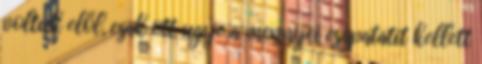
voltuk elől, csak ott ugye a mennyei csapatatit kellett